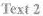
Text 2